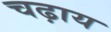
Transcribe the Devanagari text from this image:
चढ़ाय